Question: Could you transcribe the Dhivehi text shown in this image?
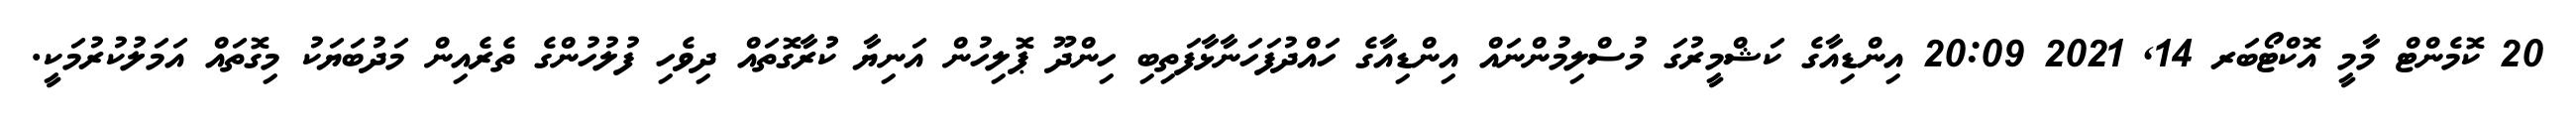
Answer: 20 ކޮމެންޓް މާމީ އޮކްޓޯބަރ 14, 2021 20:09 އިންޑިއާގެ ކަޝްމީރުގަ މުސްލިމުންނައް އިންޑިއާގެ ހައްދުފަހަނާޅާފަތިބި ހިންދޫ ޕޮލިހުން އަނިޔާ ކުުރާގޮތައް ދިވެހި ފުލުހުންގެ ތެރެއިން މަދުބަޔަކު މިގޮތައް އަމަލުކުރުމަކީ.